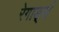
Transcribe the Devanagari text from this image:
रेगार्ड्स